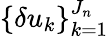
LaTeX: \{ \delta u_{k}\} _{k=1}^{J_{n}}